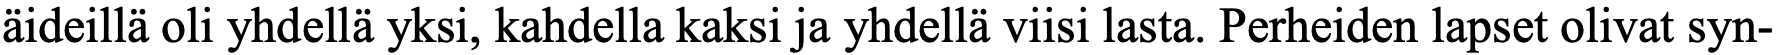
äideillä oli yhdellä yksi, kahdella kaksi ja yhdellä viisi lasta. Perheiden lapset olivat syn-